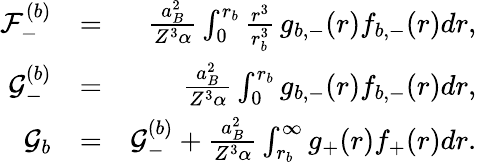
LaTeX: \begin{array}{rlr}{\mathcal{F}_{-}^{(b)}}&{=}&{\frac{a_{B}^{2}}{Z^{3}\alpha}\int_{0}^{r_{b}}\frac{r^{3}}{r_{b}^{3}}\, g_{b,-}(r)f_{b,-}(r)dr,}\\ {\mathcal{G}_{-}^{(b)}}&{=}&{\frac{a_{B}^{2}}{Z^{3}\alpha}\int_{0}^{r_{b}}g_{b,-}(r)f_{b,-}(r)dr,}\\ {\mathcal{G}_{b}}&{=}&{\mathcal{G}_{-}^{(b)}+\frac{a_{B}^{2}}{Z^{3}\alpha}\int_{r_{b}}^{\infty}g_{+}(r)f_{+}(r)dr.}\end{array}